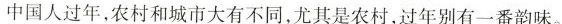
中国人过年，农村和城市大有不同，尤其是农村，过年别有一番韵味。